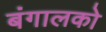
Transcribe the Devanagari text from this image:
बंगालको